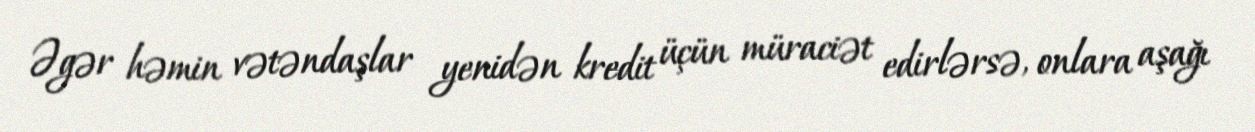
Əgər həmin vətəndaşlar yenidən kredit üçün müraciət edirlərsə, onlara aşağı